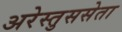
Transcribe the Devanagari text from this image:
अरेस्तुससेता